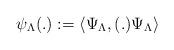
LaTeX: \begin{align*}\psi_\Lambda (.) : = \langle \Psi_{\Lambda}, (.) \Psi_{\Lambda}\rangle\end{align*}